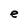
Character: e